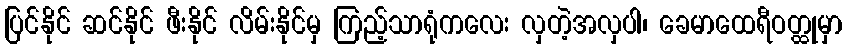
ပြင်နိုင် ဆင်နိုင် ဖီးနိုင် လိမ်းနိုင်မှ ကြည့်သာရုံကလေး လှတဲ့အလှပါ၊ ခေမာထေရီဝတ္ထုမှာ